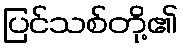
ပြင်သစ်တို့၏